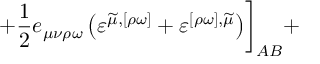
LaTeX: + \frac 1 2 e _ { \mu \nu \rho \omega } \left( \varepsilon ^ { \widetilde { \mu } , [ \rho \omega ] } + \varepsilon ^ { [ \rho \omega ] , \widetilde { \mu } } \right) \biggr ] _ { A B } +